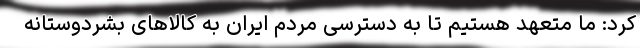
کرد: ما متعهد هستیم تا به دسترسی مردم ایران به کالاهای بشردوستانه